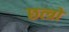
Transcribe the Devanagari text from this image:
छत्त्रो